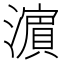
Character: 濵